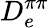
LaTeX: D_{e}^{\pi\pi}